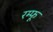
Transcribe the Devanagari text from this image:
रम्फू